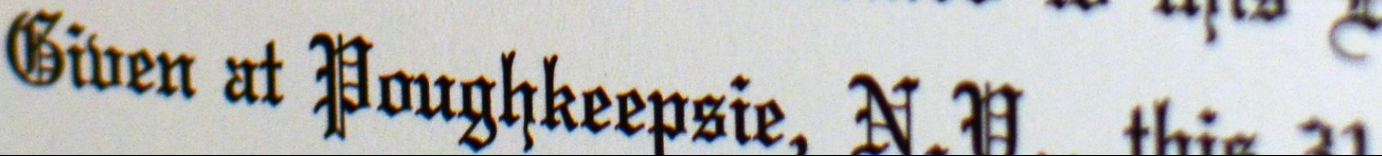
Biuen at Poughkeepsie, N